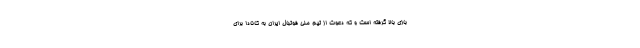
بازی بالا گرفته است و که دعوت از تیم ملی فوتبال ایران به کانادا برای